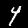
Label: 4